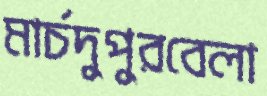
মার্চদুপুরবেলা